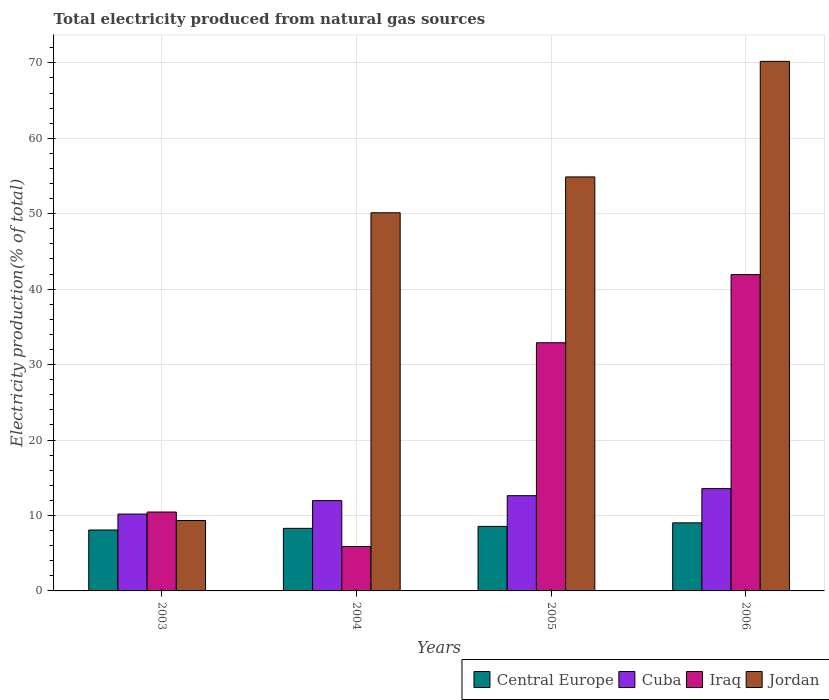
| Years | Central Europe | Cuba | Iraq | Jordan |
 | --- | --- | --- | --- | --- |
 | 2003 | 8.08 | 10.2 | 10.5 | 9.33 |
 | 2004 | 8.29 | 12 | 5.88 | 50.1 |
 | 2005 | 8.55 | 12.6 | 32.9 | 54.9 |
 | 2006 | 9.02 | 13.6 | 41.9 | 70.2 |